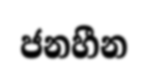
ජනහීන